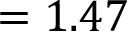
= 1 . 4 7